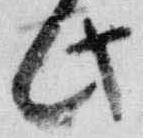
此